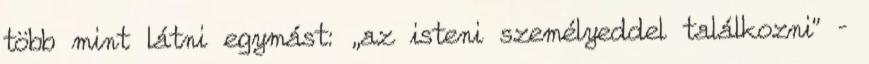
több mint látni egymást: „az isteni személyeddel találkozni” –